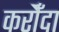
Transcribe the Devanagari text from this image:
करौँदा